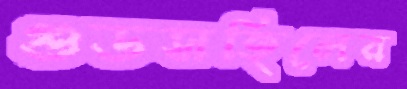
গুডসহিলের